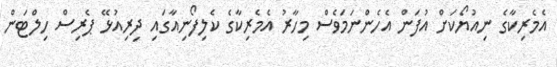
އެމެރިކާގެ ނިއުޔޯކަށް އުފަން އެހެންނަމަވެސް މިހާރު އެމެރިކާގެ ކެލިފޯނިއާގައި ދިރިއުޅޭ ޕެރިސް ހިލްޓަން